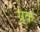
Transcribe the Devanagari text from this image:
ग्र्क़